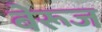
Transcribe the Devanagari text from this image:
बेरूज